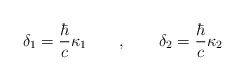
\begin{align*}\delta _1=\frac \hbar c\kappa _1\qquad ,\qquad \delta _2=\frac\hbar c\kappa _2\end{align*}